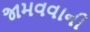
જામવવાની